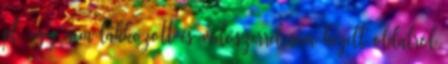
pl. egy nem lakkozott és védőszerrel sem kezelt oldalról